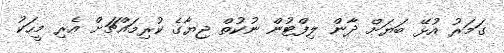
ގަމަރު އުޅޭ ބަޔަށް ދާން ލިފްޓުން ނުކުތް ޖިޔާގެ ކުރިމައްޗަށް އެރި މީހަކު